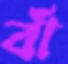
বাঁ